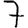
Digit: 7